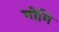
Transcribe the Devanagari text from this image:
गोमि